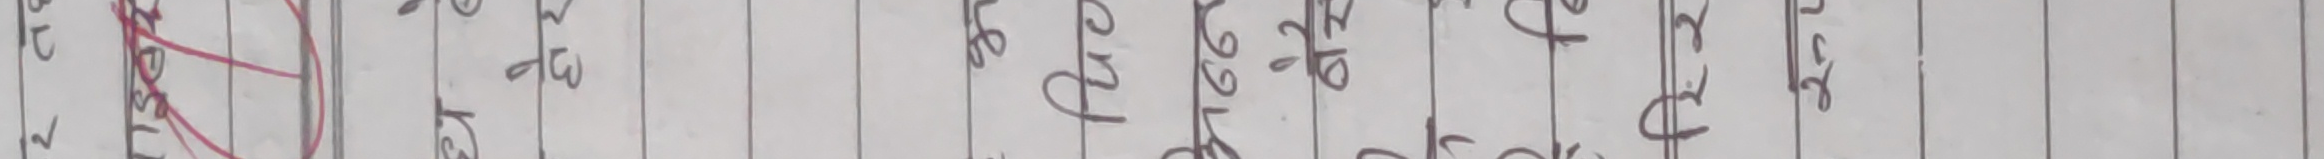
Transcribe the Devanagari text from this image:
२. उद्देश्य क) पञ्च वर्षीय योजनाको अन्तर्गत २५ सूत्रीय योजना जारी गरियो।